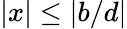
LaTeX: |x|\leq|b/d|